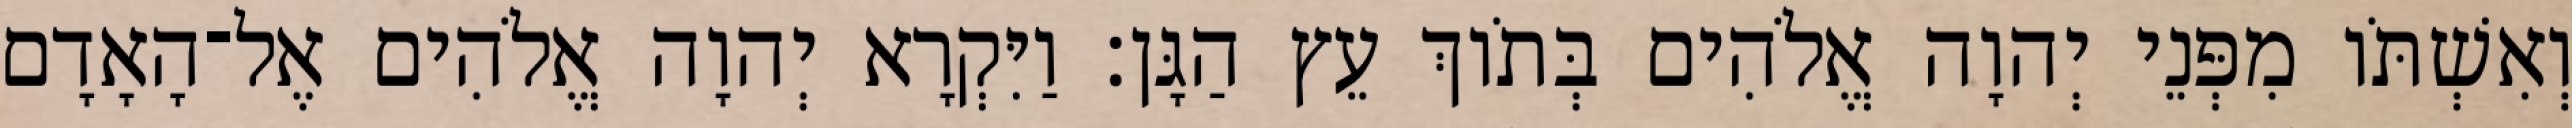
וְאִשְׁתֹּו מִפְּנֵי יְהוָה אֱלֹהִים בְּתֹוךְ עֵץ הַגָּן׃ וַיִּקְרָא יְהוָה אֱלֹהִים אֶל־הָאָדָם